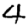
Digit: 4